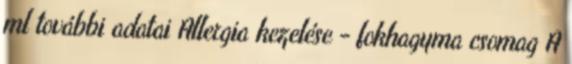
ml további adatai Allergia kezelése - fokhagyma csomag A